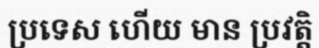
ប្រទេស ហើយ មាន ប្រវត្តិ